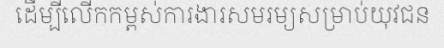
ដើម្បីលើកកម្ពស់ការងារសមរម្យសម្រាប់យុវជន